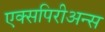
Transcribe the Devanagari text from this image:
एक्सपिरीअन्स